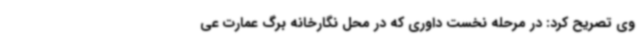
وی تصریح کرد: در مرحله نخست داوری که در محل نگارخانه برگ عمارت عی